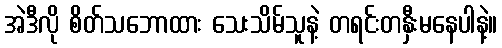
အဲဒီလို စိတ်သဘောထား သေးသိမ်သူနဲ့ တရင်းတနှီးမနေပါနဲ့။